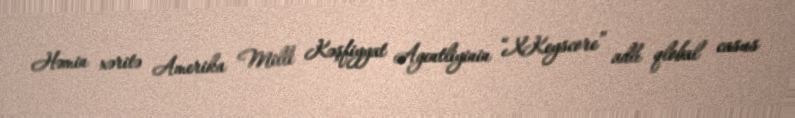
Həmin xəritə Amerika Milli Kəşfiyyat Agentliyinin “XKeyscore” adlı qlobal casus